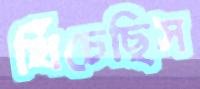
খিঁচেছিস